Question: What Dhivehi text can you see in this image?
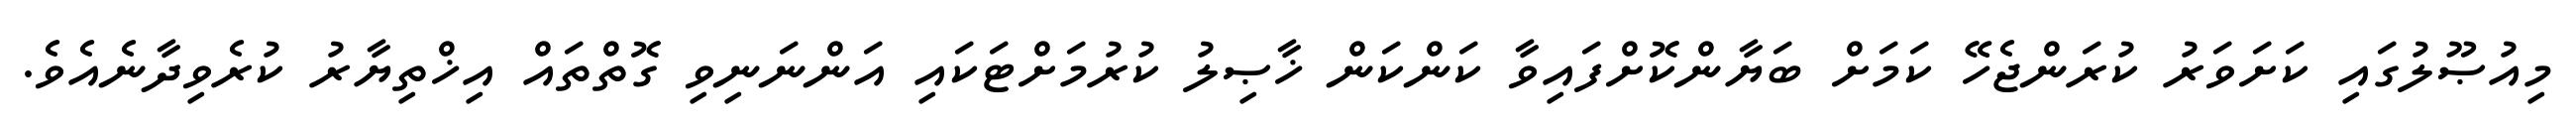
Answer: މިއުޞޫލުގައި ކަށަވަރު ކުރަންޖެހޭ ކަމަށް ބަޔާންކޮށްފައިވާ ކަންކަން ޚާޞިލު ކުރުމަށްޓަކައި އަންނަނިވި ގޮތްތައް އިޚްތިޔާރު ކުރެވިދާނެއެވެ.